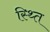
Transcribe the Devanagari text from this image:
स्थ्‍ति